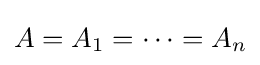
A=A_{1}=\cdots =A_{n}